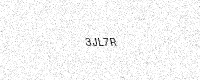
Text: 3JL7R